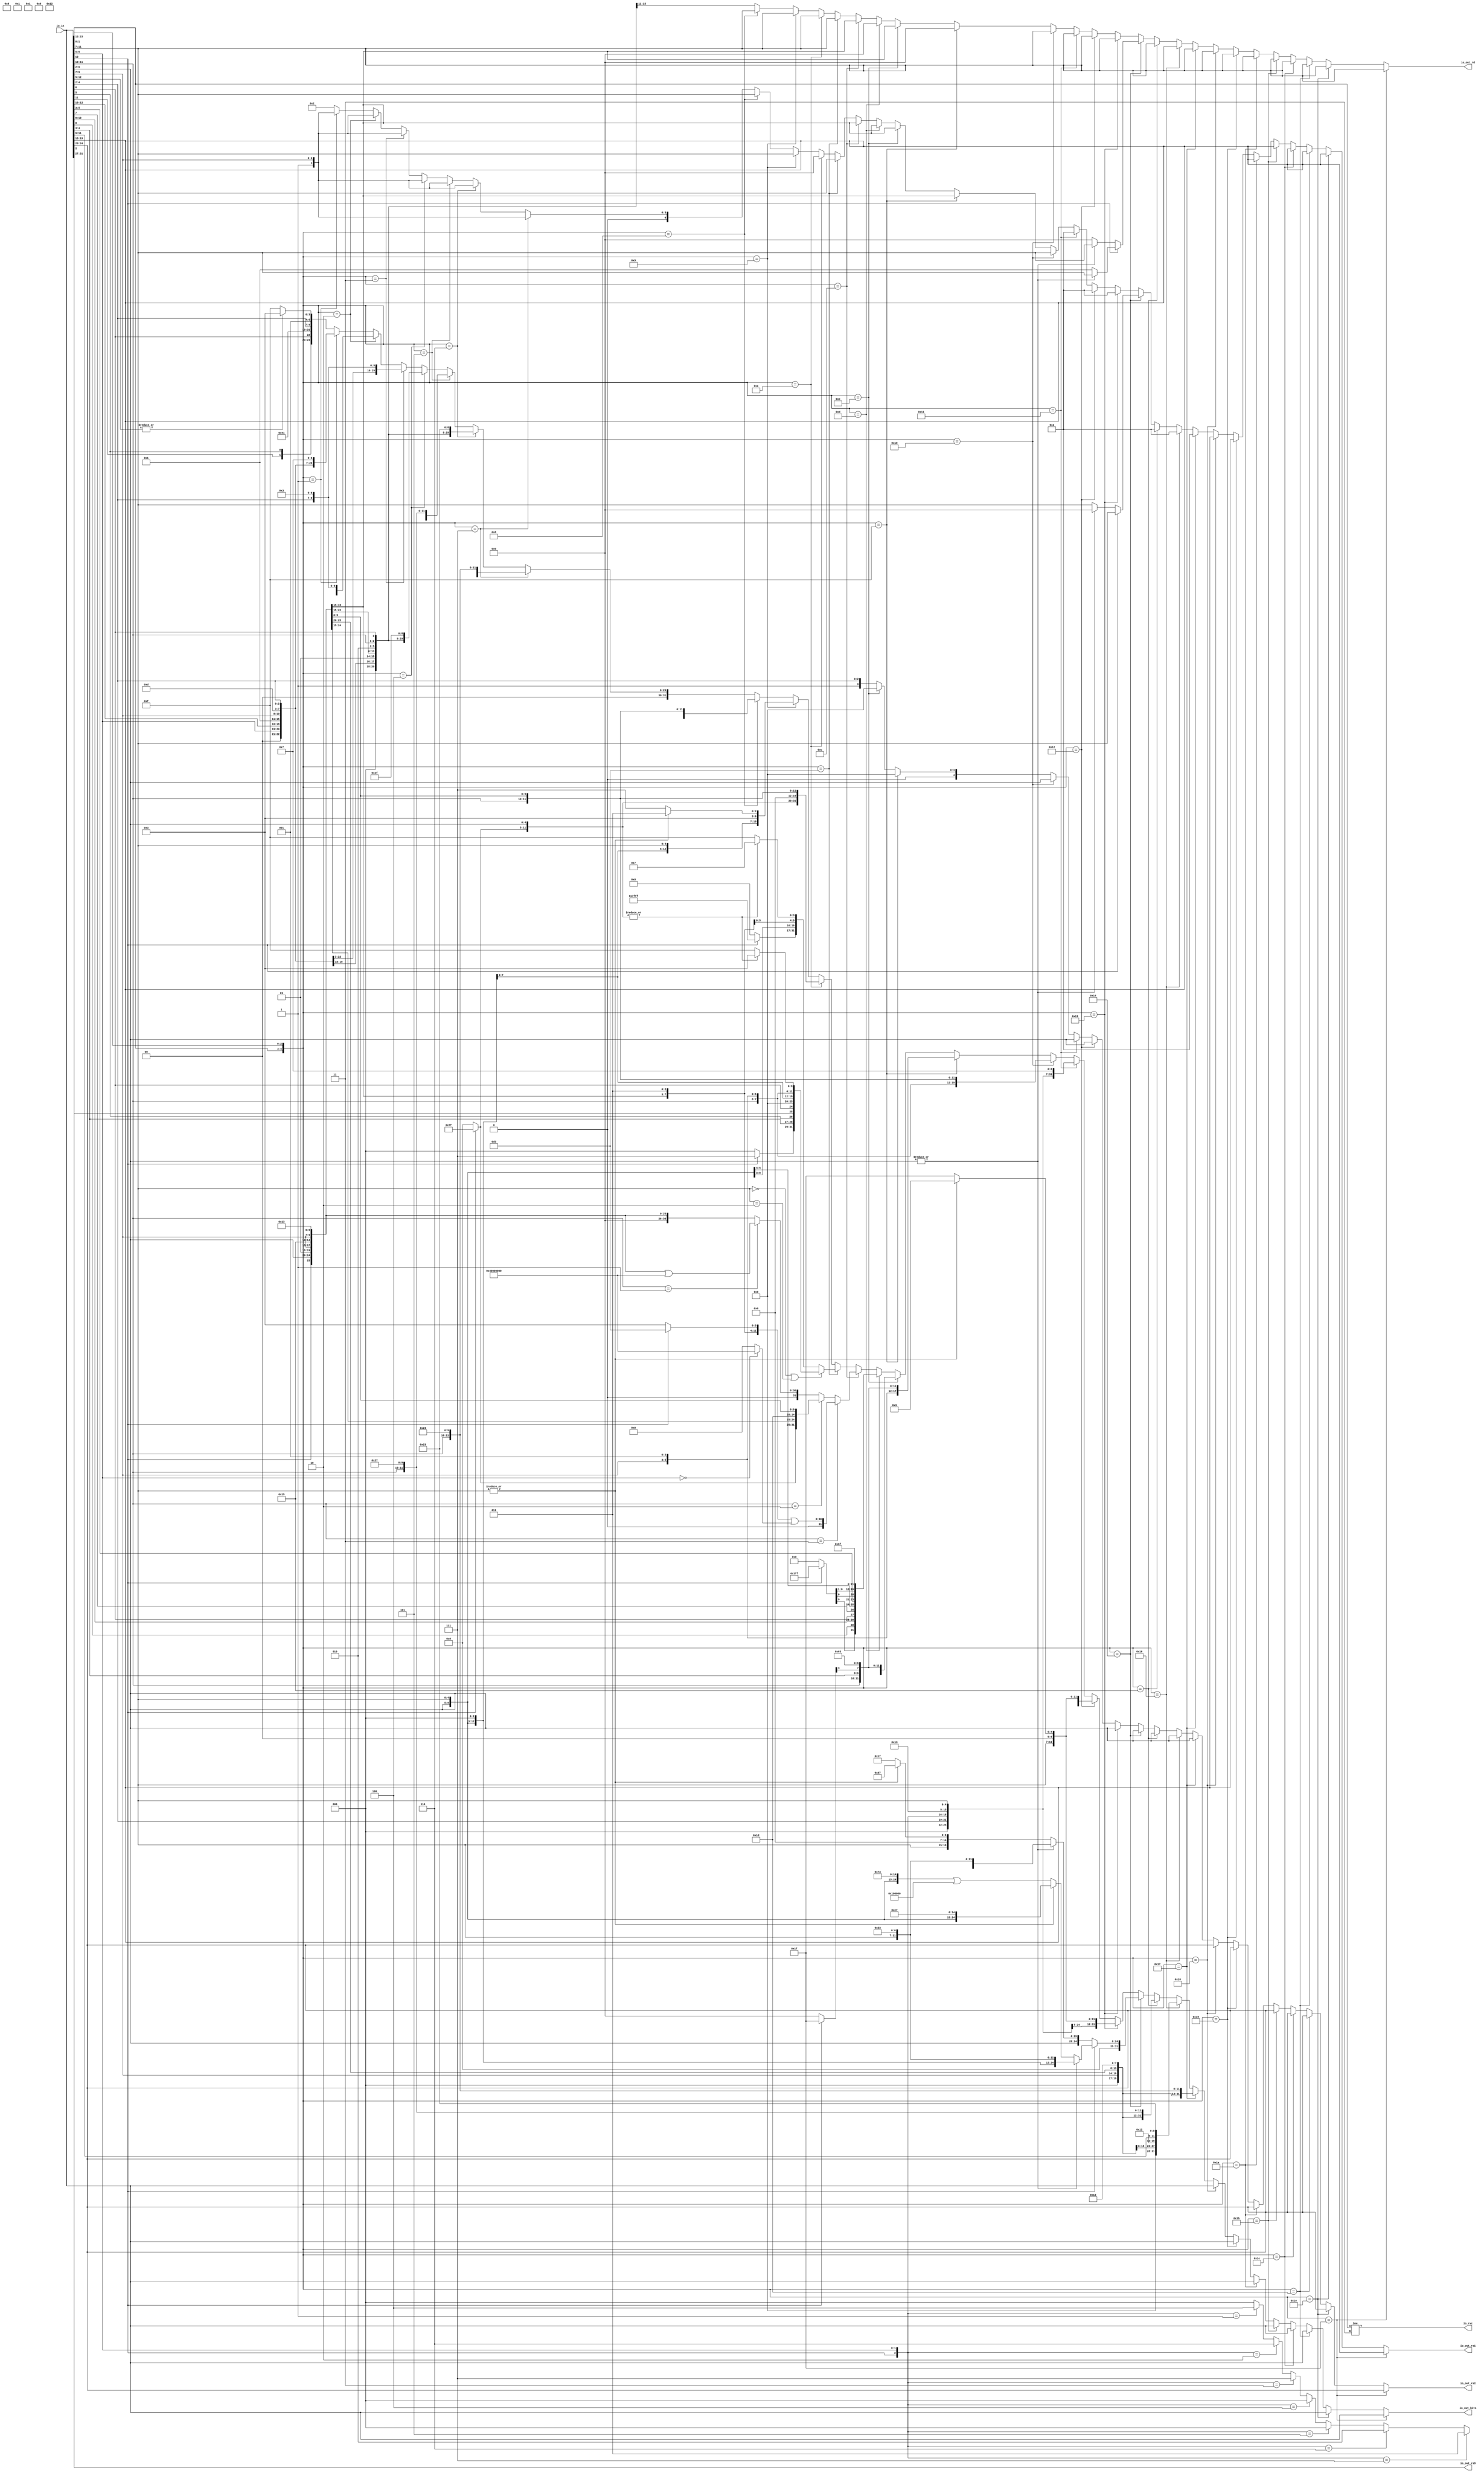
module RVCExpander(
  input  [31:0] io_in,
  output [31:0] io_out_bits,
  output [4:0]  io_out_rd,
  output [4:0]  io_out_rs1,
  output [4:0]  io_out_rs2,
  output [4:0]  io_out_rs3,
  output        io_rvc
);
  wire [6:0] io_out_s_left_left = |(io_in[12:5]) ? 7'h13 : 7'h1f; // @[RVC.scala 54:20]
  wire [3:0] io_out_s_right_right_right = io_in[10:7]; // @[RVC.scala 35:26]
  wire [1:0] io_out_s_right_right_left = io_in[12:11]; // @[RVC.scala 35:35]
  wire  io_out_s_right_left = io_in[5]; // @[RVC.scala 35:45]
  wire  io_out_s_left_right = io_in[6]; // @[RVC.scala 35:51]
  wire [2:0] io_out_s_left_1 = io_in[4:2]; // @[RVC.scala 32:29]
  wire [4:0] io_out_s_left_right_1 = {2'h1,io_out_s_left_1}; // @[Cat.scala 29:58]
  wire [29:0] _io_out_s_T = {io_out_s_right_right_right,io_out_s_right_right_left,io_out_s_right_left,
    io_out_s_left_right,2'h0,5'h2,3'h0,2'h1,io_out_s_left_1,io_out_s_left_left}; // @[Cat.scala 29:58]
  wire [4:0] io_out_s_0_rs3 = io_in[31:27]; // @[RVC.scala 21:101]
  wire [1:0] io_out_s_right_right_2 = io_in[6:5]; // @[RVC.scala 37:20]
  wire [2:0] io_out_s_right_left_1 = io_in[12:10]; // @[RVC.scala 37:28]
  wire [7:0] io_out_s_right_right_right_2 = {io_out_s_right_right_2,io_out_s_right_left_1,3'h0}; // @[Cat.scala 29:58]
  wire [2:0] io_out_s_left_5 = io_in[9:7]; // @[RVC.scala 31:29]
  wire [4:0] io_out_s_right_right_left_1 = {2'h1,io_out_s_left_5}; // @[Cat.scala 29:58]
  wire [27:0] _io_out_s_T_4 = {io_out_s_right_right_2,io_out_s_right_left_1,3'h0,2'h1,io_out_s_left_5,3'h3,2'h1,
    io_out_s_left_1,7'h7}; // @[Cat.scala 29:58]
  wire [6:0] io_out_s_right_right_right_3 = {io_out_s_right_left,io_out_s_right_left_1,io_out_s_left_right,2'h0}; // @[Cat.scala 29:58]
  wire [26:0] _io_out_s_T_9 = {io_out_s_right_left,io_out_s_right_left_1,io_out_s_left_right,2'h0,2'h1,io_out_s_left_5,3'h2
    ,2'h1,io_out_s_left_1,7'h3}; // @[Cat.scala 29:58]
  wire [27:0] _io_out_s_T_14 = {io_out_s_right_right_2,io_out_s_right_left_1,3'h0,2'h1,io_out_s_left_5,3'h3,2'h1,
    io_out_s_left_1,7'h3}; // @[Cat.scala 29:58]
  wire [1:0] io_out_s_right_right_right_5 = io_out_s_right_right_right_3[6:5]; // @[RVC.scala 64:32]
  wire [4:0] io_out_s_left_right_left = io_out_s_right_right_right_3[4:0]; // @[RVC.scala 64:65]
  wire [26:0] _io_out_s_T_21 = {io_out_s_right_right_right_5,2'h1,io_out_s_left_1,2'h1,io_out_s_left_5,3'h2,
    io_out_s_left_right_left,7'h3f}; // @[Cat.scala 29:58]
  wire [2:0] io_out_s_right_right_right_6 = io_out_s_right_right_right_2[7:5]; // @[RVC.scala 67:30]
  wire [4:0] io_out_s_left_right_left_1 = io_out_s_right_right_right_2[4:0]; // @[RVC.scala 67:63]
  wire [27:0] _io_out_s_T_28 = {io_out_s_right_right_right_6,2'h1,io_out_s_left_1,2'h1,io_out_s_left_5,3'h3,
    io_out_s_left_right_left_1,7'h27}; // @[Cat.scala 29:58]
  wire [26:0] _io_out_s_T_35 = {io_out_s_right_right_right_5,2'h1,io_out_s_left_1,2'h1,io_out_s_left_5,3'h2,
    io_out_s_left_right_left,7'h23}; // @[Cat.scala 29:58]
  wire [27:0] _io_out_s_T_42 = {io_out_s_right_right_right_6,2'h1,io_out_s_left_1,2'h1,io_out_s_left_5,3'h3,
    io_out_s_left_right_left_1,7'h23}; // @[Cat.scala 29:58]
  wire [6:0] io_out_s_right_20 = io_in[12] ? 7'h7f : 7'h0; // @[Bitwise.scala 72:12]
  wire [4:0] io_out_s_left_52 = io_in[6:2]; // @[RVC.scala 44:38]
  wire [11:0] io_out_s_right_right_right_9 = {io_out_s_right_20,io_out_s_left_52}; // @[Cat.scala 29:58]
  wire [4:0] io_out_s_right_right_left_8 = io_in[11:7]; // @[RVC.scala 34:13]
  wire [31:0] io_out_s_8_bits = {io_out_s_right_20,io_out_s_left_52,io_out_s_right_right_left_8,3'h0,
    io_out_s_right_right_left_8,7'h13}; // @[Cat.scala 29:58]
  wire  _io_out_s_opc_T_3 = |io_out_s_right_right_left_8; // @[RVC.scala 78:24]
  wire [6:0] io_out_s_left_left_1 = |io_out_s_right_right_left_8 ? 7'h1b : 7'h1f; // @[RVC.scala 78:20]
  wire [31:0] io_out_s_9_bits = {io_out_s_right_20,io_out_s_left_52,io_out_s_right_right_left_8,3'h0,
    io_out_s_right_right_left_8,io_out_s_left_left_1}; // @[Cat.scala 29:58]
  wire [31:0] io_out_s_10_bits = {io_out_s_right_20,io_out_s_left_52,5'h0,3'h0,io_out_s_right_right_left_8,7'h13}; // @[Cat.scala 29:58]
  wire  _io_out_s_opc_T_7 = |io_out_s_right_right_right_9; // @[RVC.scala 91:29]
  wire [6:0] io_out_s_me_left = |io_out_s_right_right_right_9 ? 7'h37 : 7'h3f; // @[RVC.scala 91:20]
  wire [14:0] io_out_s_me_right_right = io_in[12] ? 15'h7fff : 15'h0; // @[Bitwise.scala 72:12]
  wire [31:0] _io_out_s_me_T_2 = {io_out_s_me_right_right,io_out_s_left_52,12'h0}; // @[Cat.scala 29:58]
  wire [19:0] io_out_s_me_right_right_1 = _io_out_s_me_T_2[31:12]; // @[RVC.scala 92:31]
  wire [31:0] io_out_s_me_bits = {io_out_s_me_right_right_1,io_out_s_right_right_left_8,io_out_s_me_left}; // @[Cat.scala 29:58]
  wire  _io_out_s_T_71 = (io_out_s_right_right_left_8 == 5'h0) | (io_out_s_right_right_left_8 == 5'h2); // @[RVC.scala 93:21]
  wire [6:0] io_out_s_left_left_2 = _io_out_s_opc_T_7 ? 7'h13 : 7'h1f; // @[RVC.scala 87:20]
  wire [2:0] io_out_s_right_right_right_12 = io_in[12] ? 3'h7 : 3'h0; // @[Bitwise.scala 72:12]
  wire [1:0] io_out_s_right_right_left_10 = io_in[4:3]; // @[RVC.scala 43:42]
  wire  io_out_s_left_right_right = io_in[2]; // @[RVC.scala 43:56]
  wire [31:0] io_out_s_res_bits = {io_out_s_right_right_right_12,io_out_s_right_right_left_10,io_out_s_right_left,
    io_out_s_left_right_right,io_out_s_left_right,4'h0,io_out_s_right_right_left_8,3'h0,io_out_s_right_right_left_8,
    io_out_s_left_left_2}; // @[Cat.scala 29:58]
  wire [31:0] io_out_s_11_bits = _io_out_s_T_71 ? io_out_s_res_bits : io_out_s_me_bits; // @[RVC.scala 93:10]
  wire [4:0] io_out_s_11_rd = _io_out_s_T_71 ? io_out_s_right_right_left_8 : io_out_s_right_right_left_8; // @[RVC.scala 93:10]
  wire [4:0] io_out_s_11_rs2 = _io_out_s_T_71 ? io_out_s_left_right_1 : io_out_s_left_right_1; // @[RVC.scala 93:10]
  wire [4:0] io_out_s_11_rs3 = _io_out_s_T_71 ? io_out_s_0_rs3 : io_out_s_0_rs3; // @[RVC.scala 93:10]
  wire [25:0] _io_out_s_T_79 = {io_in[12],io_out_s_left_52,2'h1,io_out_s_left_5,3'h5,2'h1,io_out_s_left_5,7'h13}; // @[Cat.scala 29:58]
  wire [30:0] _GEN_0 = {{5'd0}, _io_out_s_T_79}; // @[RVC.scala 100:23]
  wire [30:0] _io_out_s_T_81 = _GEN_0 | 31'h40000000; // @[RVC.scala 100:23]
  wire [31:0] _io_out_s_T_84 = {io_out_s_right_20,io_out_s_left_52,2'h1,io_out_s_left_5,3'h7,2'h1,io_out_s_left_5,7'h13}
    ; // @[Cat.scala 29:58]
  wire [2:0] io_out_s_funct_truncIdx = {io_in[12],io_out_s_right_right_2}; // @[Cat.scala 29:58]
  wire [2:0] _io_out_s_funct_T_1 = io_out_s_funct_truncIdx == 3'h1 ? 3'h4 : 3'h0; // @[package.scala 32:76]
  wire [2:0] _io_out_s_funct_T_3 = io_out_s_funct_truncIdx == 3'h2 ? 3'h6 : _io_out_s_funct_T_1; // @[package.scala 32:76]
  wire [2:0] _io_out_s_funct_T_5 = io_out_s_funct_truncIdx == 3'h3 ? 3'h7 : _io_out_s_funct_T_3; // @[package.scala 32:76]
  wire [2:0] _io_out_s_funct_T_7 = io_out_s_funct_truncIdx == 3'h4 ? 3'h0 : _io_out_s_funct_T_5; // @[package.scala 32:76]
  wire [2:0] _io_out_s_funct_T_9 = io_out_s_funct_truncIdx == 3'h5 ? 3'h0 : _io_out_s_funct_T_7; // @[package.scala 32:76]
  wire [2:0] _io_out_s_funct_T_11 = io_out_s_funct_truncIdx == 3'h6 ? 3'h2 : _io_out_s_funct_T_9; // @[package.scala 32:76]
  wire [2:0] io_out_s_right_left_17 = io_out_s_funct_truncIdx == 3'h7 ? 3'h3 : _io_out_s_funct_T_11; // @[package.scala 32:76]
  wire [30:0] io_out_s_sub = io_out_s_right_right_2 == 2'h0 ? 31'h40000000 : 31'h0; // @[RVC.scala 104:22]
  wire [6:0] io_out_s_left_left_3 = io_in[12] ? 7'h3b : 7'h33; // @[RVC.scala 105:22]
  wire [24:0] _io_out_s_T_85 = {2'h1,io_out_s_left_1,2'h1,io_out_s_left_5,io_out_s_right_left_17,2'h1,io_out_s_left_5,
    io_out_s_left_left_3}; // @[Cat.scala 29:58]
  wire [30:0] _GEN_1 = {{6'd0}, _io_out_s_T_85}; // @[RVC.scala 106:43]
  wire [30:0] _io_out_s_T_86 = _GEN_1 | io_out_s_sub; // @[RVC.scala 106:43]
  wire [1:0] io_out_s_truncIdx = io_in[11:10]; // @[RVC.scala 108:42]
  wire [30:0] _io_out_s_T_88 = io_out_s_truncIdx == 2'h1 ? _io_out_s_T_81 : {{5'd0}, _io_out_s_T_79}; // @[package.scala 32:76]
  wire [31:0] _io_out_s_T_90 = io_out_s_truncIdx == 2'h2 ? _io_out_s_T_84 : {{1'd0}, _io_out_s_T_88}; // @[package.scala 32:76]
  wire [31:0] io_out_s_12_bits = io_out_s_truncIdx == 2'h3 ? {{1'd0}, _io_out_s_T_86} : _io_out_s_T_90; // @[package.scala 32:76]
  wire [9:0] io_out_s_right_right_right_right = io_in[12] ? 10'h3ff : 10'h0; // @[Bitwise.scala 72:12]
  wire  io_out_s_right_right_right_left = io_in[8]; // @[RVC.scala 45:36]
  wire [1:0] io_out_s_right_right_left_16 = io_in[10:9]; // @[RVC.scala 45:42]
  wire  io_out_s_right_left_left = io_in[7]; // @[RVC.scala 45:57]
  wire  io_out_s_left_right_left_5 = io_in[11]; // @[RVC.scala 45:69]
  wire [2:0] io_out_s_left_left_right = io_in[5:3]; // @[RVC.scala 45:76]
  wire [20:0] _io_out_s_T_99 = {io_out_s_right_right_right_right,io_out_s_right_right_right_left,
    io_out_s_right_right_left_16,io_out_s_left_right,io_out_s_right_left_left,io_out_s_left_right_right,
    io_out_s_left_right_left_5,io_out_s_left_left_right,1'h0}; // @[Cat.scala 29:58]
  wire  io_out_s_right_right_right_19 = _io_out_s_T_99[20]; // @[RVC.scala 95:26]
  wire [9:0] io_out_s_right_right_left_18 = _io_out_s_T_99[10:1]; // @[RVC.scala 95:36]
  wire  io_out_s_right_left_21 = _io_out_s_T_99[11]; // @[RVC.scala 95:48]
  wire [7:0] io_out_s_left_right_right_5 = _io_out_s_T_99[19:12]; // @[RVC.scala 95:58]
  wire [31:0] io_out_s_13_bits = {io_out_s_right_right_right_19,io_out_s_right_right_left_18,io_out_s_right_left_21,
    io_out_s_left_right_right_5,5'h0,7'h6f}; // @[Cat.scala 29:58]
  wire [4:0] io_out_s_right_right_right_23 = io_in[12] ? 5'h1f : 5'h0; // @[Bitwise.scala 72:12]
  wire [12:0] _io_out_s_T_115 = {io_out_s_right_right_right_23,io_out_s_right_right_2,io_out_s_left_right_right,
    io_out_s_truncIdx,io_out_s_right_right_left_10,1'h0}; // @[Cat.scala 29:58]
  wire  io_out_s_right_right_right_24 = _io_out_s_T_115[12]; // @[RVC.scala 96:29]
  wire [5:0] io_out_s_right_right_left_23 = _io_out_s_T_115[10:5]; // @[RVC.scala 96:39]
  wire [3:0] io_out_s_left_right_left_12 = _io_out_s_T_115[4:1]; // @[RVC.scala 96:71]
  wire  io_out_s_left_left_right_4 = _io_out_s_T_115[11]; // @[RVC.scala 96:82]
  wire [31:0] io_out_s_14_bits = {io_out_s_right_right_right_24,io_out_s_right_right_left_23,5'h0,2'h1,io_out_s_left_5,3'h0
    ,io_out_s_left_right_left_12,io_out_s_left_left_right_4,7'h63}; // @[Cat.scala 29:58]
  wire [31:0] io_out_s_15_bits = {io_out_s_right_right_right_24,io_out_s_right_right_left_23,5'h0,2'h1,io_out_s_left_5,3'h1
    ,io_out_s_left_right_left_12,io_out_s_left_left_right_4,7'h63}; // @[Cat.scala 29:58]
  wire [6:0] io_out_s_left_left_10 = _io_out_s_opc_T_3 ? 7'h3 : 7'h1f; // @[RVC.scala 114:23]
  wire [25:0] _io_out_s_T_144 = {io_in[12],io_out_s_left_52,io_out_s_right_right_left_8,3'h1,io_out_s_right_right_left_8
    ,7'h13}; // @[Cat.scala 29:58]
  wire [28:0] _io_out_s_T_149 = {io_out_s_left_1,io_in[12],io_out_s_right_right_2,3'h0,5'h2,3'h3,
    io_out_s_right_right_left_8,7'h7}; // @[Cat.scala 29:58]
  wire [1:0] io_out_s_right_right_47 = io_in[3:2]; // @[RVC.scala 38:22]
  wire [2:0] io_out_s_left_right_41 = io_in[6:4]; // @[RVC.scala 38:37]
  wire [27:0] _io_out_s_T_153 = {io_out_s_right_right_47,io_in[12],io_out_s_left_right_41,2'h0,5'h2,3'h2,
    io_out_s_right_right_left_8,io_out_s_left_left_10}; // @[Cat.scala 29:58]
  wire [28:0] _io_out_s_T_157 = {io_out_s_left_1,io_in[12],io_out_s_right_right_2,3'h0,5'h2,3'h3,
    io_out_s_right_right_left_8,io_out_s_left_left_10}; // @[Cat.scala 29:58]
  wire [24:0] _io_out_s_mv_T = {io_out_s_left_52,5'h0,3'h0,io_out_s_right_right_left_8,7'h33}; // @[Cat.scala 29:58]
  wire [24:0] _io_out_s_add_T = {io_out_s_left_52,io_out_s_right_right_left_8,3'h0,io_out_s_right_right_left_8,7'h33}; // @[Cat.scala 29:58]
  wire [24:0] io_out_s_jr = {io_out_s_left_52,io_out_s_right_right_left_8,3'h0,12'h67}; // @[Cat.scala 29:58]
  wire [17:0] io_out_s_reserved_right = io_out_s_jr[24:7]; // @[RVC.scala 134:29]
  wire [24:0] io_out_s_reserved = {io_out_s_reserved_right,7'h1f}; // @[Cat.scala 29:58]
  wire [24:0] _io_out_s_jr_reserved_T_2 = _io_out_s_opc_T_3 ? io_out_s_jr : io_out_s_reserved; // @[RVC.scala 135:33]
  wire  _io_out_s_jr_mv_T_1 = |io_out_s_left_52; // @[RVC.scala 136:27]
  wire [31:0] io_out_s_mv_bits = {{7'd0}, _io_out_s_mv_T}; // @[RVC.scala 22:19 RVC.scala 23:14]
  wire [31:0] io_out_s_jr_reserved_bits = {{7'd0}, _io_out_s_jr_reserved_T_2}; // @[RVC.scala 22:19 RVC.scala 23:14]
  wire [31:0] io_out_s_jr_mv_bits = |io_out_s_left_52 ? io_out_s_mv_bits : io_out_s_jr_reserved_bits; // @[RVC.scala 136:22]
  wire [4:0] io_out_s_jr_mv_rd = |io_out_s_left_52 ? io_out_s_right_right_left_8 : 5'h0; // @[RVC.scala 136:22]
  wire [4:0] io_out_s_jr_mv_rs1 = |io_out_s_left_52 ? 5'h0 : io_out_s_right_right_left_8; // @[RVC.scala 136:22]
  wire [4:0] io_out_s_jr_mv_rs2 = |io_out_s_left_52 ? io_out_s_left_52 : io_out_s_left_52; // @[RVC.scala 136:22]
  wire [4:0] io_out_s_jr_mv_rs3 = |io_out_s_left_52 ? io_out_s_0_rs3 : io_out_s_0_rs3; // @[RVC.scala 136:22]
  wire [24:0] io_out_s_jalr = {io_out_s_left_52,io_out_s_right_right_left_8,3'h0,12'he7}; // @[Cat.scala 29:58]
  wire [24:0] _io_out_s_ebreak_T = {io_out_s_reserved_right,7'h73}; // @[Cat.scala 29:58]
  wire [24:0] io_out_s_ebreak = _io_out_s_ebreak_T | 25'h100000; // @[RVC.scala 138:46]
  wire [24:0] _io_out_s_jalr_ebreak_T_2 = _io_out_s_opc_T_3 ? io_out_s_jalr : io_out_s_ebreak; // @[RVC.scala 139:33]
  wire [31:0] io_out_s_add_bits = {{7'd0}, _io_out_s_add_T}; // @[RVC.scala 22:19 RVC.scala 23:14]
  wire [31:0] io_out_s_jalr_ebreak_bits = {{7'd0}, _io_out_s_jalr_ebreak_T_2}; // @[RVC.scala 22:19 RVC.scala 23:14]
  wire [31:0] io_out_s_jalr_add_bits = _io_out_s_jr_mv_T_1 ? io_out_s_add_bits : io_out_s_jalr_ebreak_bits; // @[RVC.scala 140:25]
  wire [4:0] io_out_s_jalr_add_rd = _io_out_s_jr_mv_T_1 ? io_out_s_right_right_left_8 : 5'h1; // @[RVC.scala 140:25]
  wire [4:0] io_out_s_jalr_add_rs1 = _io_out_s_jr_mv_T_1 ? io_out_s_right_right_left_8 : io_out_s_right_right_left_8; // @[RVC.scala 140:25]
  wire [31:0] io_out_s_20_bits = io_in[12] ? io_out_s_jalr_add_bits : io_out_s_jr_mv_bits; // @[RVC.scala 141:10]
  wire [4:0] io_out_s_20_rd = io_in[12] ? io_out_s_jalr_add_rd : io_out_s_jr_mv_rd; // @[RVC.scala 141:10]
  wire [4:0] io_out_s_20_rs1 = io_in[12] ? io_out_s_jalr_add_rs1 : io_out_s_jr_mv_rs1; // @[RVC.scala 141:10]
  wire [4:0] io_out_s_20_rs2 = io_in[12] ? io_out_s_jr_mv_rs2 : io_out_s_jr_mv_rs2; // @[RVC.scala 141:10]
  wire [4:0] io_out_s_20_rs3 = io_in[12] ? io_out_s_jr_mv_rs3 : io_out_s_jr_mv_rs3; // @[RVC.scala 141:10]
  wire [8:0] _io_out_s_T_162 = {io_out_s_left_5,io_out_s_right_left_1,3'h0}; // @[Cat.scala 29:58]
  wire [3:0] io_out_s_right_right_right_37 = _io_out_s_T_162[8:5]; // @[RVC.scala 125:34]
  wire [4:0] io_out_s_left_right_left_19 = _io_out_s_T_162[4:0]; // @[RVC.scala 125:66]
  wire [28:0] _io_out_s_T_164 = {io_out_s_right_right_right_37,io_out_s_left_52,5'h2,3'h3,io_out_s_left_right_left_19,7'h27
    }; // @[Cat.scala 29:58]
  wire [1:0] io_out_s_right_right_54 = io_in[8:7]; // @[RVC.scala 40:22]
  wire [3:0] io_out_s_right_left_38 = io_in[12:9]; // @[RVC.scala 40:30]
  wire [7:0] _io_out_s_T_168 = {io_out_s_right_right_54,io_out_s_right_left_38,2'h0}; // @[Cat.scala 29:58]
  wire [2:0] io_out_s_right_right_right_38 = _io_out_s_T_168[7:5]; // @[RVC.scala 124:33]
  wire [4:0] io_out_s_left_right_left_20 = _io_out_s_T_168[4:0]; // @[RVC.scala 124:65]
  wire [27:0] _io_out_s_T_170 = {io_out_s_right_right_right_38,io_out_s_left_52,5'h2,3'h2,io_out_s_left_right_left_20,7'h23
    }; // @[Cat.scala 29:58]
  wire [28:0] _io_out_s_T_176 = {io_out_s_right_right_right_37,io_out_s_left_52,5'h2,3'h3,io_out_s_left_right_left_19,7'h23
    }; // @[Cat.scala 29:58]
  wire [4:0] io_out_s_24_rs1 = io_in[19:15]; // @[RVC.scala 21:57]
  wire [4:0] io_out_s_24_rs2 = io_in[24:20]; // @[RVC.scala 21:79]
  wire [2:0] io_out_left = io_in[15:13]; // @[RVC.scala 152:20]
  wire [4:0] io_out_truncIdx = {io_in[1:0],io_out_left}; // @[Cat.scala 29:58]
  wire [31:0] io_out_s_1_bits = {{4'd0}, _io_out_s_T_4}; // @[RVC.scala 22:19 RVC.scala 23:14]
  wire [31:0] io_out_s_0_bits = {{2'd0}, _io_out_s_T}; // @[RVC.scala 22:19 RVC.scala 23:14]
  wire [31:0] _io_out_T_1_bits = io_out_truncIdx == 5'h1 ? io_out_s_1_bits : io_out_s_0_bits; // @[package.scala 32:76]
  wire [4:0] _io_out_T_1_rd = io_out_truncIdx == 5'h1 ? io_out_s_left_right_1 : io_out_s_left_right_1; // @[package.scala 32:76]
  wire [4:0] _io_out_T_1_rs1 = io_out_truncIdx == 5'h1 ? io_out_s_right_right_left_1 : 5'h2; // @[package.scala 32:76]
  wire [4:0] _io_out_T_1_rs3 = io_out_truncIdx == 5'h1 ? io_out_s_0_rs3 : io_out_s_0_rs3; // @[package.scala 32:76]
  wire [31:0] io_out_s_2_bits = {{5'd0}, _io_out_s_T_9}; // @[RVC.scala 22:19 RVC.scala 23:14]
  wire [31:0] _io_out_T_3_bits = io_out_truncIdx == 5'h2 ? io_out_s_2_bits : _io_out_T_1_bits; // @[package.scala 32:76]
  wire [4:0] _io_out_T_3_rd = io_out_truncIdx == 5'h2 ? io_out_s_left_right_1 : _io_out_T_1_rd; // @[package.scala 32:76]
  wire [4:0] _io_out_T_3_rs1 = io_out_truncIdx == 5'h2 ? io_out_s_right_right_left_1 : _io_out_T_1_rs1; // @[package.scala 32:76]
  wire [4:0] _io_out_T_3_rs3 = io_out_truncIdx == 5'h2 ? io_out_s_0_rs3 : _io_out_T_1_rs3; // @[package.scala 32:76]
  wire [31:0] io_out_s_3_bits = {{4'd0}, _io_out_s_T_14}; // @[RVC.scala 22:19 RVC.scala 23:14]
  wire [31:0] _io_out_T_5_bits = io_out_truncIdx == 5'h3 ? io_out_s_3_bits : _io_out_T_3_bits; // @[package.scala 32:76]
  wire [4:0] _io_out_T_5_rd = io_out_truncIdx == 5'h3 ? io_out_s_left_right_1 : _io_out_T_3_rd; // @[package.scala 32:76]
  wire [4:0] _io_out_T_5_rs1 = io_out_truncIdx == 5'h3 ? io_out_s_right_right_left_1 : _io_out_T_3_rs1; // @[package.scala 32:76]
  wire [4:0] _io_out_T_5_rs3 = io_out_truncIdx == 5'h3 ? io_out_s_0_rs3 : _io_out_T_3_rs3; // @[package.scala 32:76]
  wire [31:0] io_out_s_4_bits = {{5'd0}, _io_out_s_T_21}; // @[RVC.scala 22:19 RVC.scala 23:14]
  wire [31:0] _io_out_T_7_bits = io_out_truncIdx == 5'h4 ? io_out_s_4_bits : _io_out_T_5_bits; // @[package.scala 32:76]
  wire [4:0] _io_out_T_7_rd = io_out_truncIdx == 5'h4 ? io_out_s_left_right_1 : _io_out_T_5_rd; // @[package.scala 32:76]
  wire [4:0] _io_out_T_7_rs1 = io_out_truncIdx == 5'h4 ? io_out_s_right_right_left_1 : _io_out_T_5_rs1; // @[package.scala 32:76]
  wire [4:0] _io_out_T_7_rs3 = io_out_truncIdx == 5'h4 ? io_out_s_0_rs3 : _io_out_T_5_rs3; // @[package.scala 32:76]
  wire [31:0] io_out_s_5_bits = {{4'd0}, _io_out_s_T_28}; // @[RVC.scala 22:19 RVC.scala 23:14]
  wire [31:0] _io_out_T_9_bits = io_out_truncIdx == 5'h5 ? io_out_s_5_bits : _io_out_T_7_bits; // @[package.scala 32:76]
  wire [4:0] _io_out_T_9_rd = io_out_truncIdx == 5'h5 ? io_out_s_left_right_1 : _io_out_T_7_rd; // @[package.scala 32:76]
  wire [4:0] _io_out_T_9_rs1 = io_out_truncIdx == 5'h5 ? io_out_s_right_right_left_1 : _io_out_T_7_rs1; // @[package.scala 32:76]
  wire [4:0] _io_out_T_9_rs3 = io_out_truncIdx == 5'h5 ? io_out_s_0_rs3 : _io_out_T_7_rs3; // @[package.scala 32:76]
  wire [31:0] io_out_s_6_bits = {{5'd0}, _io_out_s_T_35}; // @[RVC.scala 22:19 RVC.scala 23:14]
  wire [31:0] _io_out_T_11_bits = io_out_truncIdx == 5'h6 ? io_out_s_6_bits : _io_out_T_9_bits; // @[package.scala 32:76]
  wire [4:0] _io_out_T_11_rd = io_out_truncIdx == 5'h6 ? io_out_s_left_right_1 : _io_out_T_9_rd; // @[package.scala 32:76]
  wire [4:0] _io_out_T_11_rs1 = io_out_truncIdx == 5'h6 ? io_out_s_right_right_left_1 : _io_out_T_9_rs1; // @[package.scala 32:76]
  wire [4:0] _io_out_T_11_rs3 = io_out_truncIdx == 5'h6 ? io_out_s_0_rs3 : _io_out_T_9_rs3; // @[package.scala 32:76]
  wire [31:0] io_out_s_7_bits = {{4'd0}, _io_out_s_T_42}; // @[RVC.scala 22:19 RVC.scala 23:14]
  wire [31:0] _io_out_T_13_bits = io_out_truncIdx == 5'h7 ? io_out_s_7_bits : _io_out_T_11_bits; // @[package.scala 32:76]
  wire [4:0] _io_out_T_13_rd = io_out_truncIdx == 5'h7 ? io_out_s_left_right_1 : _io_out_T_11_rd; // @[package.scala 32:76]
  wire [4:0] _io_out_T_13_rs1 = io_out_truncIdx == 5'h7 ? io_out_s_right_right_left_1 : _io_out_T_11_rs1; // @[package.scala 32:76]
  wire [4:0] _io_out_T_13_rs3 = io_out_truncIdx == 5'h7 ? io_out_s_0_rs3 : _io_out_T_11_rs3; // @[package.scala 32:76]
  wire [31:0] _io_out_T_15_bits = io_out_truncIdx == 5'h8 ? io_out_s_8_bits : _io_out_T_13_bits; // @[package.scala 32:76]
  wire [4:0] _io_out_T_15_rd = io_out_truncIdx == 5'h8 ? io_out_s_right_right_left_8 : _io_out_T_13_rd; // @[package.scala 32:76]
  wire [4:0] _io_out_T_15_rs1 = io_out_truncIdx == 5'h8 ? io_out_s_right_right_left_8 : _io_out_T_13_rs1; // @[package.scala 32:76]
  wire [4:0] _io_out_T_15_rs2 = io_out_truncIdx == 5'h8 ? io_out_s_left_right_1 : _io_out_T_13_rd; // @[package.scala 32:76]
  wire [4:0] _io_out_T_15_rs3 = io_out_truncIdx == 5'h8 ? io_out_s_0_rs3 : _io_out_T_13_rs3; // @[package.scala 32:76]
  wire [31:0] _io_out_T_17_bits = io_out_truncIdx == 5'h9 ? io_out_s_9_bits : _io_out_T_15_bits; // @[package.scala 32:76]
  wire [4:0] _io_out_T_17_rd = io_out_truncIdx == 5'h9 ? io_out_s_right_right_left_8 : _io_out_T_15_rd; // @[package.scala 32:76]
  wire [4:0] _io_out_T_17_rs1 = io_out_truncIdx == 5'h9 ? io_out_s_right_right_left_8 : _io_out_T_15_rs1; // @[package.scala 32:76]
  wire [4:0] _io_out_T_17_rs2 = io_out_truncIdx == 5'h9 ? io_out_s_left_right_1 : _io_out_T_15_rs2; // @[package.scala 32:76]
  wire [4:0] _io_out_T_17_rs3 = io_out_truncIdx == 5'h9 ? io_out_s_0_rs3 : _io_out_T_15_rs3; // @[package.scala 32:76]
  wire [31:0] _io_out_T_19_bits = io_out_truncIdx == 5'ha ? io_out_s_10_bits : _io_out_T_17_bits; // @[package.scala 32:76]
  wire [4:0] _io_out_T_19_rd = io_out_truncIdx == 5'ha ? io_out_s_right_right_left_8 : _io_out_T_17_rd; // @[package.scala 32:76]
  wire [4:0] _io_out_T_19_rs1 = io_out_truncIdx == 5'ha ? 5'h0 : _io_out_T_17_rs1; // @[package.scala 32:76]
  wire [4:0] _io_out_T_19_rs2 = io_out_truncIdx == 5'ha ? io_out_s_left_right_1 : _io_out_T_17_rs2; // @[package.scala 32:76]
  wire [4:0] _io_out_T_19_rs3 = io_out_truncIdx == 5'ha ? io_out_s_0_rs3 : _io_out_T_17_rs3; // @[package.scala 32:76]
  wire [31:0] _io_out_T_21_bits = io_out_truncIdx == 5'hb ? io_out_s_11_bits : _io_out_T_19_bits; // @[package.scala 32:76]
  wire [4:0] _io_out_T_21_rd = io_out_truncIdx == 5'hb ? io_out_s_11_rd : _io_out_T_19_rd; // @[package.scala 32:76]
  wire [4:0] _io_out_T_21_rs1 = io_out_truncIdx == 5'hb ? io_out_s_11_rd : _io_out_T_19_rs1; // @[package.scala 32:76]
  wire [4:0] _io_out_T_21_rs2 = io_out_truncIdx == 5'hb ? io_out_s_11_rs2 : _io_out_T_19_rs2; // @[package.scala 32:76]
  wire [4:0] _io_out_T_21_rs3 = io_out_truncIdx == 5'hb ? io_out_s_11_rs3 : _io_out_T_19_rs3; // @[package.scala 32:76]
  wire [31:0] _io_out_T_23_bits = io_out_truncIdx == 5'hc ? io_out_s_12_bits : _io_out_T_21_bits; // @[package.scala 32:76]
  wire [4:0] _io_out_T_23_rd = io_out_truncIdx == 5'hc ? io_out_s_right_right_left_1 : _io_out_T_21_rd; // @[package.scala 32:76]
  wire [4:0] _io_out_T_23_rs1 = io_out_truncIdx == 5'hc ? io_out_s_right_right_left_1 : _io_out_T_21_rs1; // @[package.scala 32:76]
  wire [4:0] _io_out_T_23_rs2 = io_out_truncIdx == 5'hc ? io_out_s_left_right_1 : _io_out_T_21_rs2; // @[package.scala 32:76]
  wire [4:0] _io_out_T_23_rs3 = io_out_truncIdx == 5'hc ? io_out_s_0_rs3 : _io_out_T_21_rs3; // @[package.scala 32:76]
  wire [31:0] _io_out_T_25_bits = io_out_truncIdx == 5'hd ? io_out_s_13_bits : _io_out_T_23_bits; // @[package.scala 32:76]
  wire [4:0] _io_out_T_25_rd = io_out_truncIdx == 5'hd ? 5'h0 : _io_out_T_23_rd; // @[package.scala 32:76]
  wire [4:0] _io_out_T_25_rs1 = io_out_truncIdx == 5'hd ? io_out_s_right_right_left_1 : _io_out_T_23_rs1; // @[package.scala 32:76]
  wire [4:0] _io_out_T_25_rs2 = io_out_truncIdx == 5'hd ? io_out_s_left_right_1 : _io_out_T_23_rs2; // @[package.scala 32:76]
  wire [4:0] _io_out_T_25_rs3 = io_out_truncIdx == 5'hd ? io_out_s_0_rs3 : _io_out_T_23_rs3; // @[package.scala 32:76]
  wire [31:0] _io_out_T_27_bits = io_out_truncIdx == 5'he ? io_out_s_14_bits : _io_out_T_25_bits; // @[package.scala 32:76]
  wire [4:0] _io_out_T_27_rd = io_out_truncIdx == 5'he ? io_out_s_right_right_left_1 : _io_out_T_25_rd; // @[package.scala 32:76]
  wire [4:0] _io_out_T_27_rs1 = io_out_truncIdx == 5'he ? io_out_s_right_right_left_1 : _io_out_T_25_rs1; // @[package.scala 32:76]
  wire [4:0] _io_out_T_27_rs2 = io_out_truncIdx == 5'he ? 5'h0 : _io_out_T_25_rs2; // @[package.scala 32:76]
  wire [4:0] _io_out_T_27_rs3 = io_out_truncIdx == 5'he ? io_out_s_0_rs3 : _io_out_T_25_rs3; // @[package.scala 32:76]
  wire [31:0] _io_out_T_29_bits = io_out_truncIdx == 5'hf ? io_out_s_15_bits : _io_out_T_27_bits; // @[package.scala 32:76]
  wire [4:0] _io_out_T_29_rd = io_out_truncIdx == 5'hf ? 5'h0 : _io_out_T_27_rd; // @[package.scala 32:76]
  wire [4:0] _io_out_T_29_rs1 = io_out_truncIdx == 5'hf ? io_out_s_right_right_left_1 : _io_out_T_27_rs1; // @[package.scala 32:76]
  wire [4:0] _io_out_T_29_rs2 = io_out_truncIdx == 5'hf ? 5'h0 : _io_out_T_27_rs2; // @[package.scala 32:76]
  wire [4:0] _io_out_T_29_rs3 = io_out_truncIdx == 5'hf ? io_out_s_0_rs3 : _io_out_T_27_rs3; // @[package.scala 32:76]
  wire [31:0] io_out_s_16_bits = {{6'd0}, _io_out_s_T_144}; // @[RVC.scala 22:19 RVC.scala 23:14]
  wire [31:0] _io_out_T_31_bits = io_out_truncIdx == 5'h10 ? io_out_s_16_bits : _io_out_T_29_bits; // @[package.scala 32:76]
  wire [4:0] _io_out_T_31_rd = io_out_truncIdx == 5'h10 ? io_out_s_right_right_left_8 : _io_out_T_29_rd; // @[package.scala 32:76]
  wire [4:0] _io_out_T_31_rs1 = io_out_truncIdx == 5'h10 ? io_out_s_right_right_left_8 : _io_out_T_29_rs1; // @[package.scala 32:76]
  wire [4:0] _io_out_T_31_rs2 = io_out_truncIdx == 5'h10 ? io_out_s_left_52 : _io_out_T_29_rs2; // @[package.scala 32:76]
  wire [4:0] _io_out_T_31_rs3 = io_out_truncIdx == 5'h10 ? io_out_s_0_rs3 : _io_out_T_29_rs3; // @[package.scala 32:76]
  wire [31:0] io_out_s_17_bits = {{3'd0}, _io_out_s_T_149}; // @[RVC.scala 22:19 RVC.scala 23:14]
  wire [31:0] _io_out_T_33_bits = io_out_truncIdx == 5'h11 ? io_out_s_17_bits : _io_out_T_31_bits; // @[package.scala 32:76]
  wire [4:0] _io_out_T_33_rd = io_out_truncIdx == 5'h11 ? io_out_s_right_right_left_8 : _io_out_T_31_rd; // @[package.scala 32:76]
  wire [4:0] _io_out_T_33_rs1 = io_out_truncIdx == 5'h11 ? 5'h2 : _io_out_T_31_rs1; // @[package.scala 32:76]
  wire [4:0] _io_out_T_33_rs2 = io_out_truncIdx == 5'h11 ? io_out_s_left_52 : _io_out_T_31_rs2; // @[package.scala 32:76]
  wire [4:0] _io_out_T_33_rs3 = io_out_truncIdx == 5'h11 ? io_out_s_0_rs3 : _io_out_T_31_rs3; // @[package.scala 32:76]
  wire [31:0] io_out_s_18_bits = {{4'd0}, _io_out_s_T_153}; // @[RVC.scala 22:19 RVC.scala 23:14]
  wire [31:0] _io_out_T_35_bits = io_out_truncIdx == 5'h12 ? io_out_s_18_bits : _io_out_T_33_bits; // @[package.scala 32:76]
  wire [4:0] _io_out_T_35_rd = io_out_truncIdx == 5'h12 ? io_out_s_right_right_left_8 : _io_out_T_33_rd; // @[package.scala 32:76]
  wire [4:0] _io_out_T_35_rs1 = io_out_truncIdx == 5'h12 ? 5'h2 : _io_out_T_33_rs1; // @[package.scala 32:76]
  wire [4:0] _io_out_T_35_rs2 = io_out_truncIdx == 5'h12 ? io_out_s_left_52 : _io_out_T_33_rs2; // @[package.scala 32:76]
  wire [4:0] _io_out_T_35_rs3 = io_out_truncIdx == 5'h12 ? io_out_s_0_rs3 : _io_out_T_33_rs3; // @[package.scala 32:76]
  wire [31:0] io_out_s_19_bits = {{3'd0}, _io_out_s_T_157}; // @[RVC.scala 22:19 RVC.scala 23:14]
  wire [31:0] _io_out_T_37_bits = io_out_truncIdx == 5'h13 ? io_out_s_19_bits : _io_out_T_35_bits; // @[package.scala 32:76]
  wire [4:0] _io_out_T_37_rd = io_out_truncIdx == 5'h13 ? io_out_s_right_right_left_8 : _io_out_T_35_rd; // @[package.scala 32:76]
  wire [4:0] _io_out_T_37_rs1 = io_out_truncIdx == 5'h13 ? 5'h2 : _io_out_T_35_rs1; // @[package.scala 32:76]
  wire [4:0] _io_out_T_37_rs2 = io_out_truncIdx == 5'h13 ? io_out_s_left_52 : _io_out_T_35_rs2; // @[package.scala 32:76]
  wire [4:0] _io_out_T_37_rs3 = io_out_truncIdx == 5'h13 ? io_out_s_0_rs3 : _io_out_T_35_rs3; // @[package.scala 32:76]
  wire [31:0] _io_out_T_39_bits = io_out_truncIdx == 5'h14 ? io_out_s_20_bits : _io_out_T_37_bits; // @[package.scala 32:76]
  wire [4:0] _io_out_T_39_rd = io_out_truncIdx == 5'h14 ? io_out_s_20_rd : _io_out_T_37_rd; // @[package.scala 32:76]
  wire [4:0] _io_out_T_39_rs1 = io_out_truncIdx == 5'h14 ? io_out_s_20_rs1 : _io_out_T_37_rs1; // @[package.scala 32:76]
  wire [4:0] _io_out_T_39_rs2 = io_out_truncIdx == 5'h14 ? io_out_s_20_rs2 : _io_out_T_37_rs2; // @[package.scala 32:76]
  wire [4:0] _io_out_T_39_rs3 = io_out_truncIdx == 5'h14 ? io_out_s_20_rs3 : _io_out_T_37_rs3; // @[package.scala 32:76]
  wire [31:0] io_out_s_21_bits = {{3'd0}, _io_out_s_T_164}; // @[RVC.scala 22:19 RVC.scala 23:14]
  wire [31:0] _io_out_T_41_bits = io_out_truncIdx == 5'h15 ? io_out_s_21_bits : _io_out_T_39_bits; // @[package.scala 32:76]
  wire [4:0] _io_out_T_41_rd = io_out_truncIdx == 5'h15 ? io_out_s_right_right_left_8 : _io_out_T_39_rd; // @[package.scala 32:76]
  wire [4:0] _io_out_T_41_rs1 = io_out_truncIdx == 5'h15 ? 5'h2 : _io_out_T_39_rs1; // @[package.scala 32:76]
  wire [4:0] _io_out_T_41_rs2 = io_out_truncIdx == 5'h15 ? io_out_s_left_52 : _io_out_T_39_rs2; // @[package.scala 32:76]
  wire [4:0] _io_out_T_41_rs3 = io_out_truncIdx == 5'h15 ? io_out_s_0_rs3 : _io_out_T_39_rs3; // @[package.scala 32:76]
  wire [31:0] io_out_s_22_bits = {{4'd0}, _io_out_s_T_170}; // @[RVC.scala 22:19 RVC.scala 23:14]
  wire [31:0] _io_out_T_43_bits = io_out_truncIdx == 5'h16 ? io_out_s_22_bits : _io_out_T_41_bits; // @[package.scala 32:76]
  wire [4:0] _io_out_T_43_rd = io_out_truncIdx == 5'h16 ? io_out_s_right_right_left_8 : _io_out_T_41_rd; // @[package.scala 32:76]
  wire [4:0] _io_out_T_43_rs1 = io_out_truncIdx == 5'h16 ? 5'h2 : _io_out_T_41_rs1; // @[package.scala 32:76]
  wire [4:0] _io_out_T_43_rs2 = io_out_truncIdx == 5'h16 ? io_out_s_left_52 : _io_out_T_41_rs2; // @[package.scala 32:76]
  wire [4:0] _io_out_T_43_rs3 = io_out_truncIdx == 5'h16 ? io_out_s_0_rs3 : _io_out_T_41_rs3; // @[package.scala 32:76]
  wire [31:0] io_out_s_23_bits = {{3'd0}, _io_out_s_T_176}; // @[RVC.scala 22:19 RVC.scala 23:14]
  wire [31:0] _io_out_T_45_bits = io_out_truncIdx == 5'h17 ? io_out_s_23_bits : _io_out_T_43_bits; // @[package.scala 32:76]
  wire [4:0] _io_out_T_45_rd = io_out_truncIdx == 5'h17 ? io_out_s_right_right_left_8 : _io_out_T_43_rd; // @[package.scala 32:76]
  wire [4:0] _io_out_T_45_rs1 = io_out_truncIdx == 5'h17 ? 5'h2 : _io_out_T_43_rs1; // @[package.scala 32:76]
  wire [4:0] _io_out_T_45_rs2 = io_out_truncIdx == 5'h17 ? io_out_s_left_52 : _io_out_T_43_rs2; // @[package.scala 32:76]
  wire [4:0] _io_out_T_45_rs3 = io_out_truncIdx == 5'h17 ? io_out_s_0_rs3 : _io_out_T_43_rs3; // @[package.scala 32:76]
  wire [31:0] _io_out_T_47_bits = io_out_truncIdx == 5'h18 ? io_in : _io_out_T_45_bits; // @[package.scala 32:76]
  wire [4:0] _io_out_T_47_rd = io_out_truncIdx == 5'h18 ? io_out_s_right_right_left_8 : _io_out_T_45_rd; // @[package.scala 32:76]
  wire [4:0] _io_out_T_47_rs1 = io_out_truncIdx == 5'h18 ? io_out_s_24_rs1 : _io_out_T_45_rs1; // @[package.scala 32:76]
  wire [4:0] _io_out_T_47_rs2 = io_out_truncIdx == 5'h18 ? io_out_s_24_rs2 : _io_out_T_45_rs2; // @[package.scala 32:76]
  wire [4:0] _io_out_T_47_rs3 = io_out_truncIdx == 5'h18 ? io_out_s_0_rs3 : _io_out_T_45_rs3; // @[package.scala 32:76]
  wire [31:0] _io_out_T_49_bits = io_out_truncIdx == 5'h19 ? io_in : _io_out_T_47_bits; // @[package.scala 32:76]
  wire [4:0] _io_out_T_49_rd = io_out_truncIdx == 5'h19 ? io_out_s_right_right_left_8 : _io_out_T_47_rd; // @[package.scala 32:76]
  wire [4:0] _io_out_T_49_rs1 = io_out_truncIdx == 5'h19 ? io_out_s_24_rs1 : _io_out_T_47_rs1; // @[package.scala 32:76]
  wire [4:0] _io_out_T_49_rs2 = io_out_truncIdx == 5'h19 ? io_out_s_24_rs2 : _io_out_T_47_rs2; // @[package.scala 32:76]
  wire [4:0] _io_out_T_49_rs3 = io_out_truncIdx == 5'h19 ? io_out_s_0_rs3 : _io_out_T_47_rs3; // @[package.scala 32:76]
  wire [31:0] _io_out_T_51_bits = io_out_truncIdx == 5'h1a ? io_in : _io_out_T_49_bits; // @[package.scala 32:76]
  wire [4:0] _io_out_T_51_rd = io_out_truncIdx == 5'h1a ? io_out_s_right_right_left_8 : _io_out_T_49_rd; // @[package.scala 32:76]
  wire [4:0] _io_out_T_51_rs1 = io_out_truncIdx == 5'h1a ? io_out_s_24_rs1 : _io_out_T_49_rs1; // @[package.scala 32:76]
  wire [4:0] _io_out_T_51_rs2 = io_out_truncIdx == 5'h1a ? io_out_s_24_rs2 : _io_out_T_49_rs2; // @[package.scala 32:76]
  wire [4:0] _io_out_T_51_rs3 = io_out_truncIdx == 5'h1a ? io_out_s_0_rs3 : _io_out_T_49_rs3; // @[package.scala 32:76]
  wire [31:0] _io_out_T_53_bits = io_out_truncIdx == 5'h1b ? io_in : _io_out_T_51_bits; // @[package.scala 32:76]
  wire [4:0] _io_out_T_53_rd = io_out_truncIdx == 5'h1b ? io_out_s_right_right_left_8 : _io_out_T_51_rd; // @[package.scala 32:76]
  wire [4:0] _io_out_T_53_rs1 = io_out_truncIdx == 5'h1b ? io_out_s_24_rs1 : _io_out_T_51_rs1; // @[package.scala 32:76]
  wire [4:0] _io_out_T_53_rs2 = io_out_truncIdx == 5'h1b ? io_out_s_24_rs2 : _io_out_T_51_rs2; // @[package.scala 32:76]
  wire [4:0] _io_out_T_53_rs3 = io_out_truncIdx == 5'h1b ? io_out_s_0_rs3 : _io_out_T_51_rs3; // @[package.scala 32:76]
  wire [31:0] _io_out_T_55_bits = io_out_truncIdx == 5'h1c ? io_in : _io_out_T_53_bits; // @[package.scala 32:76]
  wire [4:0] _io_out_T_55_rd = io_out_truncIdx == 5'h1c ? io_out_s_right_right_left_8 : _io_out_T_53_rd; // @[package.scala 32:76]
  wire [4:0] _io_out_T_55_rs1 = io_out_truncIdx == 5'h1c ? io_out_s_24_rs1 : _io_out_T_53_rs1; // @[package.scala 32:76]
  wire [4:0] _io_out_T_55_rs2 = io_out_truncIdx == 5'h1c ? io_out_s_24_rs2 : _io_out_T_53_rs2; // @[package.scala 32:76]
  wire [4:0] _io_out_T_55_rs3 = io_out_truncIdx == 5'h1c ? io_out_s_0_rs3 : _io_out_T_53_rs3; // @[package.scala 32:76]
  wire [31:0] _io_out_T_57_bits = io_out_truncIdx == 5'h1d ? io_in : _io_out_T_55_bits; // @[package.scala 32:76]
  wire [4:0] _io_out_T_57_rd = io_out_truncIdx == 5'h1d ? io_out_s_right_right_left_8 : _io_out_T_55_rd; // @[package.scala 32:76]
  wire [4:0] _io_out_T_57_rs1 = io_out_truncIdx == 5'h1d ? io_out_s_24_rs1 : _io_out_T_55_rs1; // @[package.scala 32:76]
  wire [4:0] _io_out_T_57_rs2 = io_out_truncIdx == 5'h1d ? io_out_s_24_rs2 : _io_out_T_55_rs2; // @[package.scala 32:76]
  wire [4:0] _io_out_T_57_rs3 = io_out_truncIdx == 5'h1d ? io_out_s_0_rs3 : _io_out_T_55_rs3; // @[package.scala 32:76]
  wire [31:0] _io_out_T_59_bits = io_out_truncIdx == 5'h1e ? io_in : _io_out_T_57_bits; // @[package.scala 32:76]
  wire [4:0] _io_out_T_59_rd = io_out_truncIdx == 5'h1e ? io_out_s_right_right_left_8 : _io_out_T_57_rd; // @[package.scala 32:76]
  wire [4:0] _io_out_T_59_rs1 = io_out_truncIdx == 5'h1e ? io_out_s_24_rs1 : _io_out_T_57_rs1; // @[package.scala 32:76]
  wire [4:0] _io_out_T_59_rs2 = io_out_truncIdx == 5'h1e ? io_out_s_24_rs2 : _io_out_T_57_rs2; // @[package.scala 32:76]
  wire [4:0] _io_out_T_59_rs3 = io_out_truncIdx == 5'h1e ? io_out_s_0_rs3 : _io_out_T_57_rs3; // @[package.scala 32:76]
  assign io_out_bits = io_out_truncIdx == 5'h1f ? io_in : _io_out_T_59_bits; // @[package.scala 32:76]
  assign io_out_rd = io_out_truncIdx == 5'h1f ? io_out_s_right_right_left_8 : _io_out_T_59_rd; // @[package.scala 32:76]
  assign io_out_rs1 = io_out_truncIdx == 5'h1f ? io_out_s_24_rs1 : _io_out_T_59_rs1; // @[package.scala 32:76]
  assign io_out_rs2 = io_out_truncIdx == 5'h1f ? io_out_s_24_rs2 : _io_out_T_59_rs2; // @[package.scala 32:76]
  assign io_out_rs3 = io_out_truncIdx == 5'h1f ? io_out_s_0_rs3 : _io_out_T_59_rs3; // @[package.scala 32:76]
  assign io_rvc = (io_in[1:0]) != 2'h3; // @[RVC.scala 164:26]
endmodule